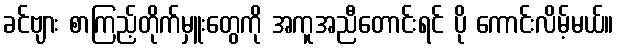
ခင်ဗျား စာကြည့်တိုက်မှူးတွေကို အကူအညီတောင်းရင် ပို ကောင်းလိမ့်မယ်။